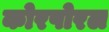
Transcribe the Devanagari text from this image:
कोरपोरल